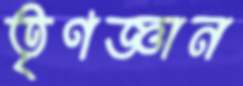
তৃণজ্ঞান